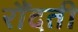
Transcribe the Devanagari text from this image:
रौंदती